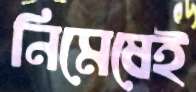
নিমেষেই